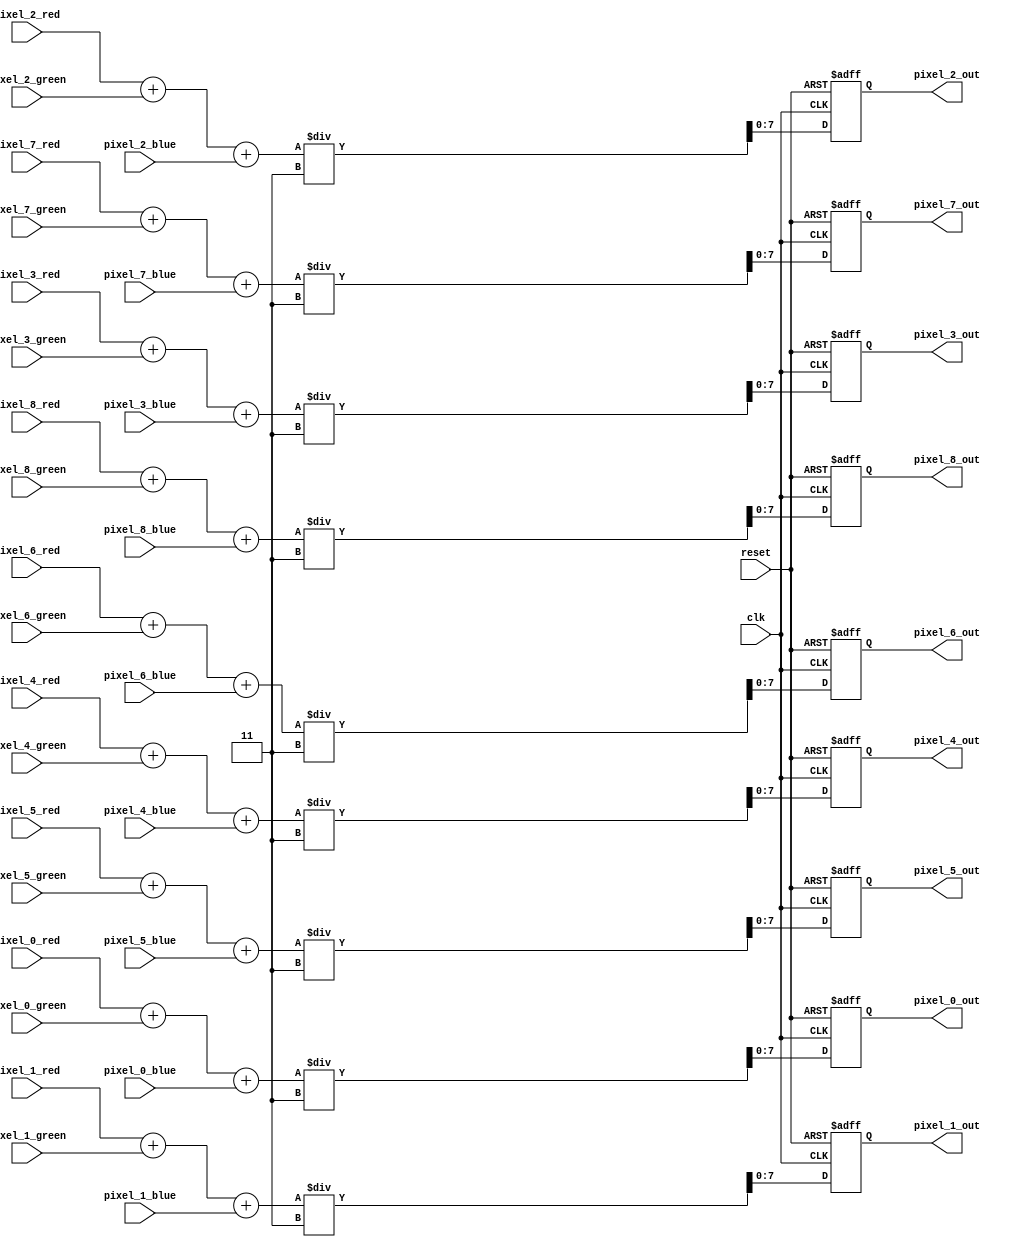
module GrayscaleConverter #(
    parameter BIT_PER_PIXEL = 8,
    parameter NUM_PIXELS = 9
) (
    input
        clk,
        reset,
    input wire[BIT_PER_PIXEL-1:0]
        pixel_0_red,
        pixel_0_green,
        pixel_0_blue,
        pixel_1_red,
        pixel_1_green,
        pixel_1_blue,
        pixel_2_red,
        pixel_2_green,
        pixel_2_blue,
        pixel_3_red,
        pixel_3_green,
        pixel_3_blue,
        pixel_4_red,
        pixel_4_green,
        pixel_4_blue,
        pixel_5_red,
        pixel_5_green,
        pixel_5_blue,
        pixel_6_red,
        pixel_6_green,
        pixel_6_blue,
        pixel_7_red,
        pixel_7_green,
        pixel_7_blue,
        pixel_8_red,
        pixel_8_green,
        pixel_8_blue,
    output reg[BIT_PER_PIXEL-1:0]
        pixel_0_out,
        pixel_1_out,
        pixel_2_out,
        pixel_3_out,
        pixel_4_out,
        pixel_5_out,
        pixel_6_out,
        pixel_7_out,
        pixel_8_out
);

// local parameter definitions
localparam TMP_WIRE_WIDTH = 10;  // 10 bit is the minimum required width to store the sum of three 8 bit numbers

// set of 10 bit wires that temporarily store the value of pixel_red + pixel_green + pixel_blue
wire [TMP_WIRE_WIDTH-1:0] pixelwise_sums [NUM_PIXELS-1:0];
wire [TMP_WIRE_WIDTH-1:0] pixelwise_means [NUM_PIXELS-1:0];

// wires to temporarily store the output value
wire [BIT_PER_PIXEL-1:0] pixel_0_out_tmp;
wire [BIT_PER_PIXEL-1:0] pixel_1_out_tmp;
wire [BIT_PER_PIXEL-1:0] pixel_2_out_tmp;
wire [BIT_PER_PIXEL-1:0] pixel_3_out_tmp;
wire [BIT_PER_PIXEL-1:0] pixel_4_out_tmp;
wire [BIT_PER_PIXEL-1:0] pixel_5_out_tmp;
wire [BIT_PER_PIXEL-1:0] pixel_6_out_tmp;
wire [BIT_PER_PIXEL-1:0] pixel_7_out_tmp;
wire [BIT_PER_PIXEL-1:0] pixel_8_out_tmp;

// calculate pixel-wise sum
assign pixelwise_sums[0] = pixel_0_red + pixel_0_green + pixel_0_blue;
assign pixelwise_sums[1] = pixel_1_red + pixel_1_green + pixel_1_blue;
assign pixelwise_sums[2] = pixel_2_red + pixel_2_green + pixel_2_blue;
assign pixelwise_sums[3] = pixel_3_red + pixel_3_green + pixel_3_blue;
assign pixelwise_sums[4] = pixel_4_red + pixel_4_green + pixel_4_blue;
assign pixelwise_sums[5] = pixel_5_red + pixel_5_green + pixel_5_blue;
assign pixelwise_sums[6] = pixel_6_red + pixel_6_green + pixel_6_blue;
assign pixelwise_sums[7] = pixel_7_red + pixel_7_green + pixel_7_blue;
assign pixelwise_sums[8] = pixel_8_red + pixel_8_green + pixel_8_blue;

// calculate pixel-wise mean
assign pixelwise_means[0] = pixelwise_sums[0] / 3;
assign pixelwise_means[1] = pixelwise_sums[1] / 3;
assign pixelwise_means[2] = pixelwise_sums[2] / 3;
assign pixelwise_means[3] = pixelwise_sums[3] / 3;
assign pixelwise_means[4] = pixelwise_sums[4] / 3;
assign pixelwise_means[5] = pixelwise_sums[5] / 3;
assign pixelwise_means[6] = pixelwise_sums[6] / 3;
assign pixelwise_means[7] = pixelwise_sums[7] / 3;
assign pixelwise_means[8] = pixelwise_sums[8] / 3;

// assign to the output
assign pixel_0_out_tmp = pixelwise_means[0][BIT_PER_PIXEL-1:0];
assign pixel_1_out_tmp = pixelwise_means[1][BIT_PER_PIXEL-1:0];
assign pixel_2_out_tmp = pixelwise_means[2][BIT_PER_PIXEL-1:0];
assign pixel_3_out_tmp = pixelwise_means[3][BIT_PER_PIXEL-1:0];
assign pixel_4_out_tmp = pixelwise_means[4][BIT_PER_PIXEL-1:0];
assign pixel_5_out_tmp = pixelwise_means[5][BIT_PER_PIXEL-1:0];
assign pixel_6_out_tmp = pixelwise_means[6][BIT_PER_PIXEL-1:0];
assign pixel_7_out_tmp = pixelwise_means[7][BIT_PER_PIXEL-1:0];
assign pixel_8_out_tmp = pixelwise_means[8][BIT_PER_PIXEL-1:0];

always @(posedge clk, posedge reset) begin
    if (reset) begin
        pixel_0_out <= 8'h00;
        pixel_1_out <= 8'h00;
        pixel_2_out <= 8'h00;
        pixel_3_out <= 8'h00;
        pixel_4_out <= 8'h00;
        pixel_5_out <= 8'h00;
        pixel_6_out <= 8'h00;
        pixel_7_out <= 8'h00;
        pixel_8_out <= 8'h00;
    end else begin
        pixel_0_out <= pixel_0_out_tmp;
        pixel_1_out <= pixel_1_out_tmp;
        pixel_2_out <= pixel_2_out_tmp;
        pixel_3_out <= pixel_3_out_tmp;
        pixel_4_out <= pixel_4_out_tmp;
        pixel_5_out <= pixel_5_out_tmp;
        pixel_6_out <= pixel_6_out_tmp;
        pixel_7_out <= pixel_7_out_tmp;
        pixel_8_out <= pixel_8_out_tmp;
    end
end

endmodule